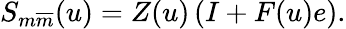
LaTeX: S_{m\overline{{{m}}}}(u)=Z(u)\left(I+F(u)e\right).